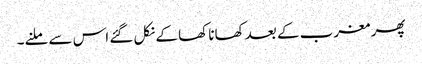
پھر مغرب کے بعد کھانا کھا کے نکل گئے اس سے ملنے۔